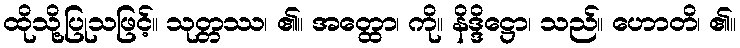
ထိုသို့ပြုသဖြင့်။ သုတ္တဿ၊ ၏။ အတ္ထော၊ ကို။ နိဒ္ဒိဋ္ဌော၊ သည်။ ဟောတိ၊ ၏။